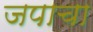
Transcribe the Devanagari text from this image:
जपाचा